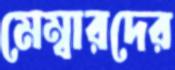
মেম্বারদের